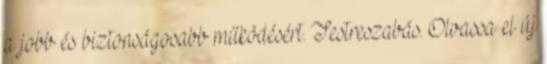
a jobb és biztonságosabb működésért. Testreszabás. Olvassa el új